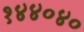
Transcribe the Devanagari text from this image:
१४४०४०